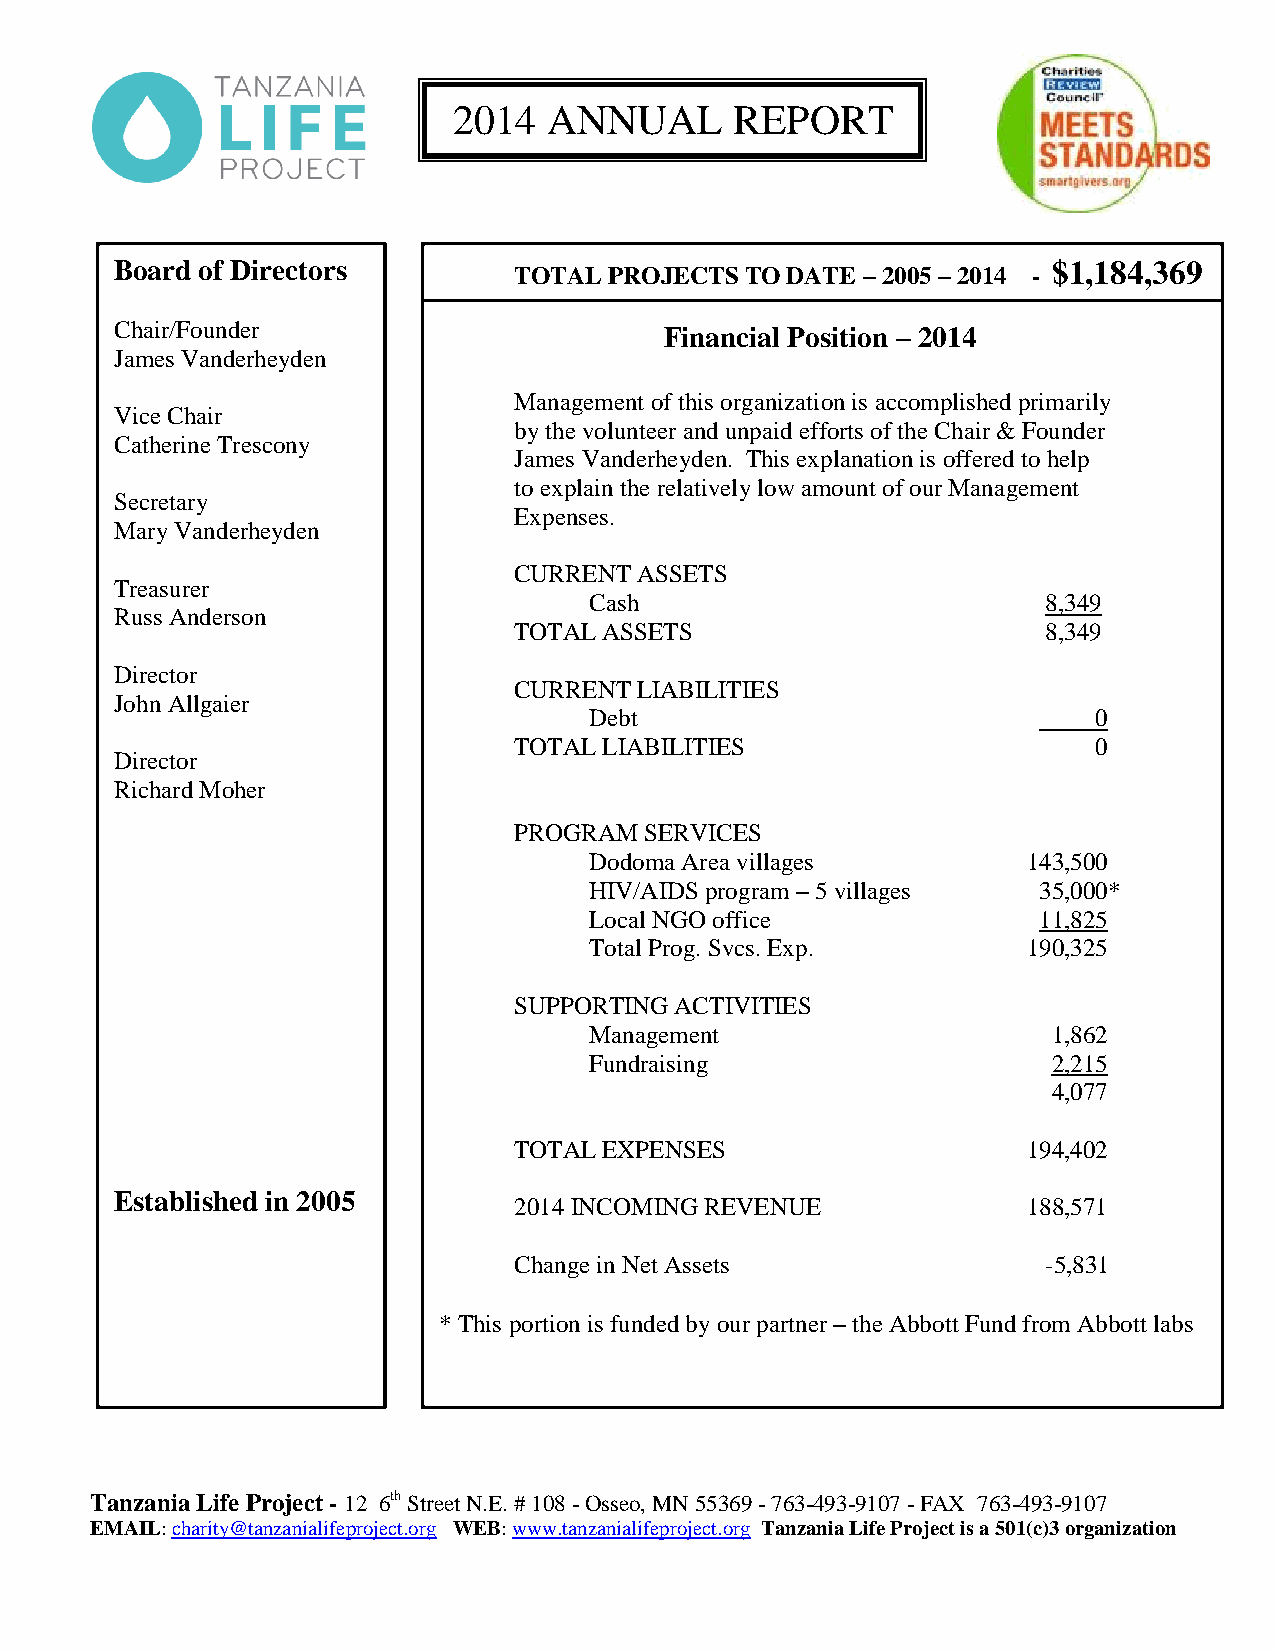
2014  ANNUAL       REPORT
 Board of Directors                                            $1,184,369
 TOTAL PROJECTS TO DATE – 2005 – 2014 -
 Chair/Founder                       Financial Position – 2014
 James Vanderheyden
 Management of this organization is accomplished primarily
 Vice Chair
 by the volunteer and unpaid efforts of the Chair & Founder
 Catherine Trescony
 James Vanderheyden. This explanation is offered to help
 to explain the relatively low amount of our Management
 Secretary
 Expenses.
 Mary Vanderheyden
 CURRENT ASSETS
 Treasurer
 Cash                          8,349
 Russ Anderson
 TOTAL ASSETS                       8,349
 Director
 CURRENT LIABILITIES
 John Allgaier
 Debt                              0
 TOTAL LIABILITIES                      0
 Director
 Richard Moher
 PROGRAM  SERVICES
 Dodoma Area villages         143,500
 HIV/AIDS program – 5 villages 35,000*
 Local NGO office              11,825
 Total Prog. Svcs. Exp.       190,325
 SUPPORTING ACTIVITIES
 Management                     1,862
 Fundraising                    2,215
 4,077
 TOTAL EXPENSES                    194,402
 Established in 2005
 2014 INCOMING REVENUE             188,571
 Change in Net Assets               -5,831
 * This portion is funded by our partner – the Abbott Fund from Abbott labs
 Tanzania Life Project - 12 6th Street N.E. # 108 - Osseo, MN 55369 - 763-493-9107 - FAX 763-493-9107
 EMAIL: charity@tanzanialifeproject.org WEB: www.tanzanialifeproject.org Tanzania Life Project is a 501(c)3 organization